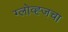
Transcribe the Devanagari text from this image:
ग्लोव्ह्जचा